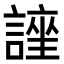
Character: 𮘯